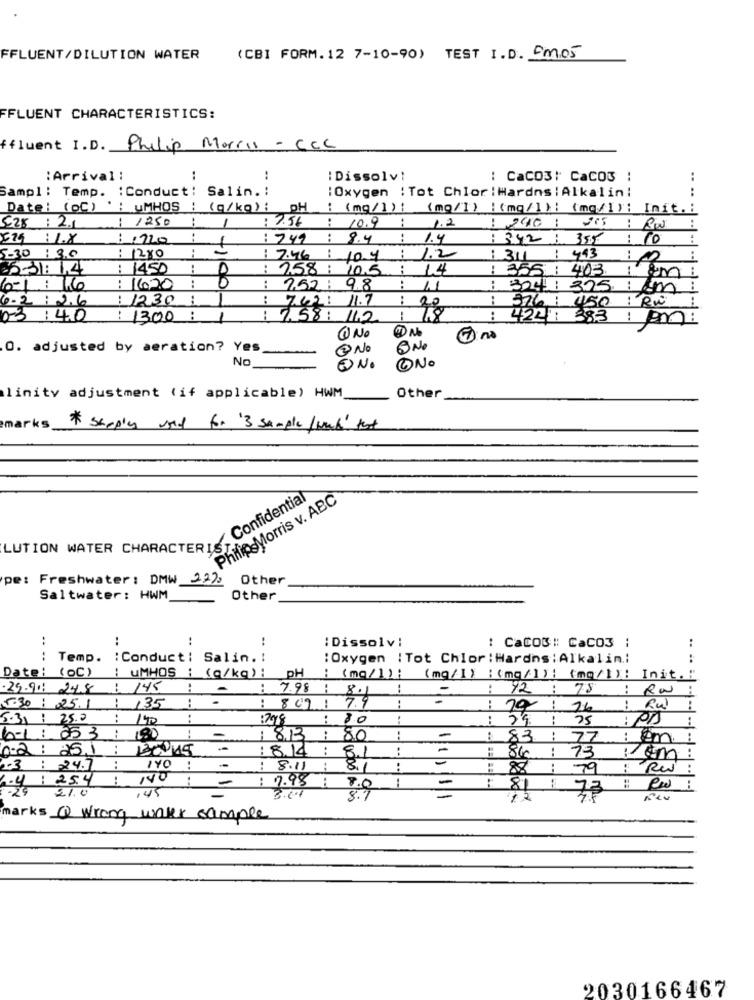
FFLUENT/DILUTION WATER
(CBI FORM.12 7-10-90) TEST I.D. Em05
FFLUENT CHARACTERISTICS:
ffluent I.D.
Philip Morris - CCC
:Arrival :
: Dissolv!
: Caco3: CaCO3 :
Sampl : Temp. : Conduct:
Salin .:
:Oxygen : Tot Chlor : Hardns : Alkalin:
Date: (OC)' : UMHOS :
(g/kg) : OH
: (mg/l) : (mg/1) : (mq/1) : (mq/1) : Init. :
......
: 1250
--
1
: 2.56
10.9
..
5.28: 2.1
-
1.2 : 240:
529 : 1.X
:1220
--
:249
..
8.4
1.4
: 342 : 355: 10
-
5-30 : 3,0
: 1280
1 7.46 : 10.4
1.2
:311: 493
5-31: 1,4
: 1450
:
0
: 258 : 10.5
14
: 355 : 403.
:
6-1 : 46
: 1620
:
: 2.52: 9.8
-
: 304 325 : m :
6.2 : 2.6
:1230
:
7.621
11.7
:
376: 450
03 :40
: 1300 :
1
7.58: 11.2
:
422:
383
@ No
0. adjusted by aeration? Yes
@ No
0 NO
No
ONo
EN.
Other
linity adjustment (if applicable) HWM
marks & Shoply und for '3 sample /wack' test
Philip Morris v. ABC
LUTION WATER CHARACTER: / Confidential
pe: Freshwater: DMW 223,
Other
Saltwater: HWM
Other
:
..
: Dissolvi
: CaCOM :: CaCO3
..
..
Temp. : Conduct: Salin.
.. ..
:Oxygen : Tot Chlor : Hardns: Alkalin .:
Date: (0C)
--
UMHOS
pH
(g/kg) :
: (mg/1);
(mg/1) :(mg/1) : (mo/1): Init.""
.25.90 24.8
145
:
-
: 7.98
..
92
:
75 :
RW :
135
7.9
-
5:30 : 25.1
: 809 :
: 79:26
:
Ru
5.31
25.0
140
1798
80
25
6-1: 053
180
-
813
:
80
-
83
77 : em :
n.2: 25.1
130/45
: 8.14
:
8.1
86
73
1 cm
2.3 : 24.7
:
..
8.11
8.1
88
79
Red
..
..
NO
7.98
-
6.4 25.4
21.0
145
3.61
2.0
73
:
8.7
12
marks Q Wrong unter sample
2030166467